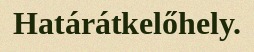
Határátkelőhely.